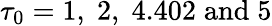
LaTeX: \tau_{0}=1,\; 2,\; 4.402\; \mathrm{and}\; 5